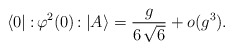
\begin{align*}\langle 0 | :\!\varphi^2 (0)\!: | A \rangle = \frac{g}{6\, \sqrt{6}} + o(g^3).\end{align*}